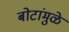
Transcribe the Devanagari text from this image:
बोटांमुळे